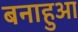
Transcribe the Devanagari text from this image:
बनाहुआ